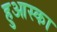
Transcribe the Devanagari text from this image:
हुआस्का